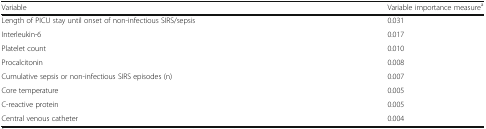
| Variable | Variable importance measurea |
 | --- | --- |
 | Length of PICU stay until onset of non-infectious SIRS/sepsis | 0.031 |
 | Interleukin-6 | 0.017 |
 | Platelet count | 0.010 |
 | Procalcitonin | 0.008 |
 | Cumulative sepsis or non-infectious SIRS episodes (n) | 0.007 |
 | Core temperature | 0.005 |
 | C-reactive protein | 0.005 |
 | Central venous catheter | 0.004 |